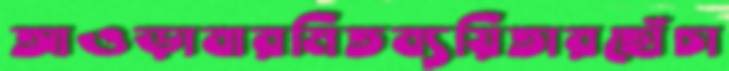
আওড়াবারমিতব্যয়িতারছোঁচা